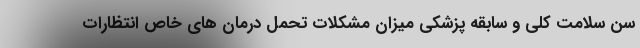
سن سلامت کلی و سابقه پزشکی میزان مشکلات تحمل درمان های خاص انتظارات